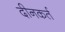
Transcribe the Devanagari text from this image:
दीनकर्त